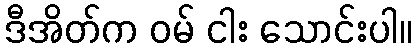
ဒီအိတ်က ဝမ် ငါး သောင်းပါ။